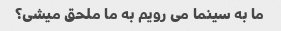
ما به سینما می رویم به ما ملحق میشی؟